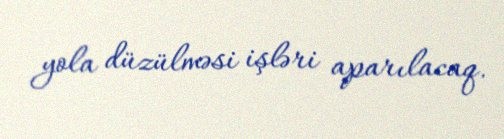
yola düzülməsi işləri aparılacaq.